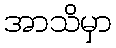
အာသိမှာ